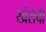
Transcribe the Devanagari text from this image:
खंरोची